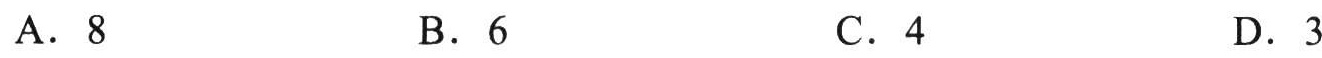
A. \(8\)  B. \(6\)  C. \(4\)  D. \(3\)